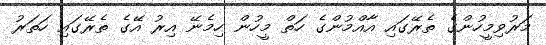
މަރުވިމީހުންގެ ތެރޭގައި އާއްމުންގެ ހަތް މީހުން ހިމެނޭ އިރު އޭގެ ތެރޭގައި ހަތަރު